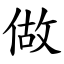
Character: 做